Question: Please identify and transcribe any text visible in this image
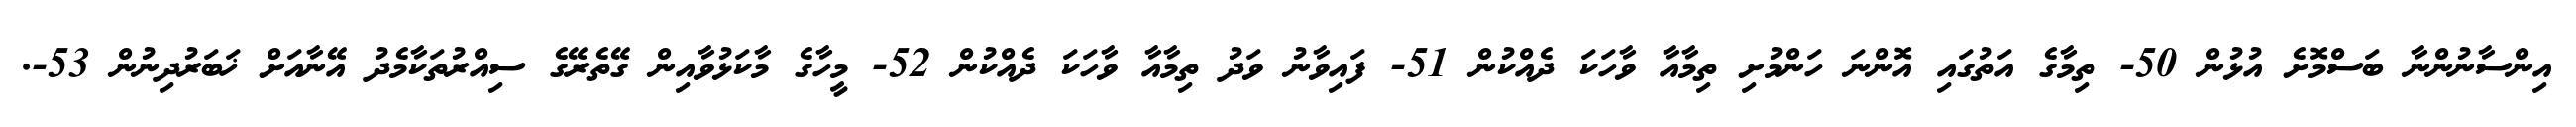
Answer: އިންސާނުންނާ ބަސްމޮށެ އުޅުން 50- ތިމާގެ އަތުގައި އޮންނަ ހަންމުށި ތިމާއާ ވާހަކަ ދެއްކުން 51- ފައިވާނު ވަދު ތިމާއާ ވާހަކަ ދެއްކުން 52- މީހާގެ މާކަޅުވާއިން ގޭތެރޭގެ ސިއްރުތަކާމެދު އޭނާއަށް ޚަބަރުދިނުން 53-.